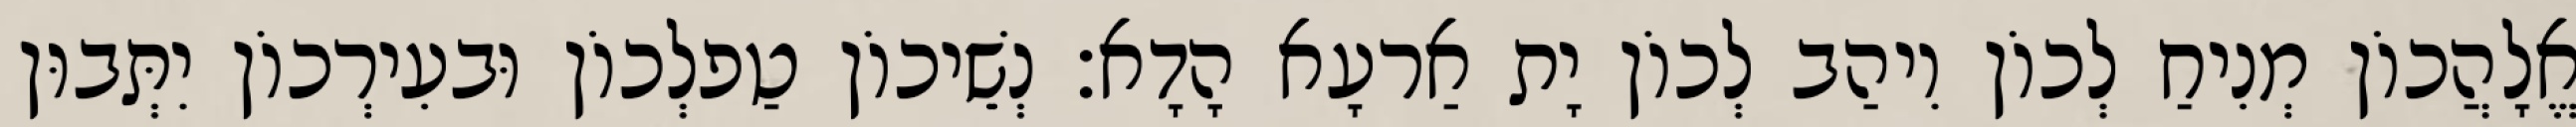
אֱלָהֲכוֹן מְנִיחַ לְכוֹן וִיהַב לְכוֹן יָת אַרעָא הָדָא׃ נְשֵׁיכוֹן טַפלְכוֹן וּבעִירְכוֹן יִתְּבוּן